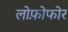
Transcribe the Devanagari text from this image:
लोफ़ोफोर